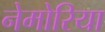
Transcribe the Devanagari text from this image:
नेमोरिया